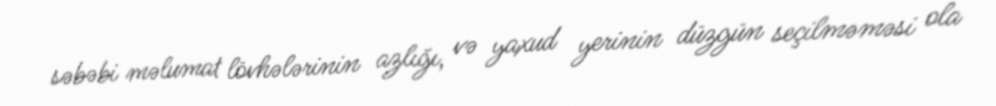
səbəbi məlumat lövhələrinin azlığı, və yaxud yerinin düzgün seçilməməsi ola